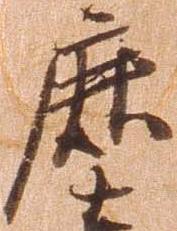
鹿